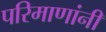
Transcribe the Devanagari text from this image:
परिमाणांनी